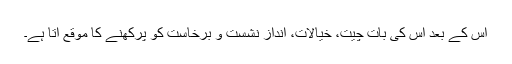
اس کے بعد اس کی بات چیت، خیالات، انداز نشست و برخاست کو پرکھنے کا موقع آتا ہے۔